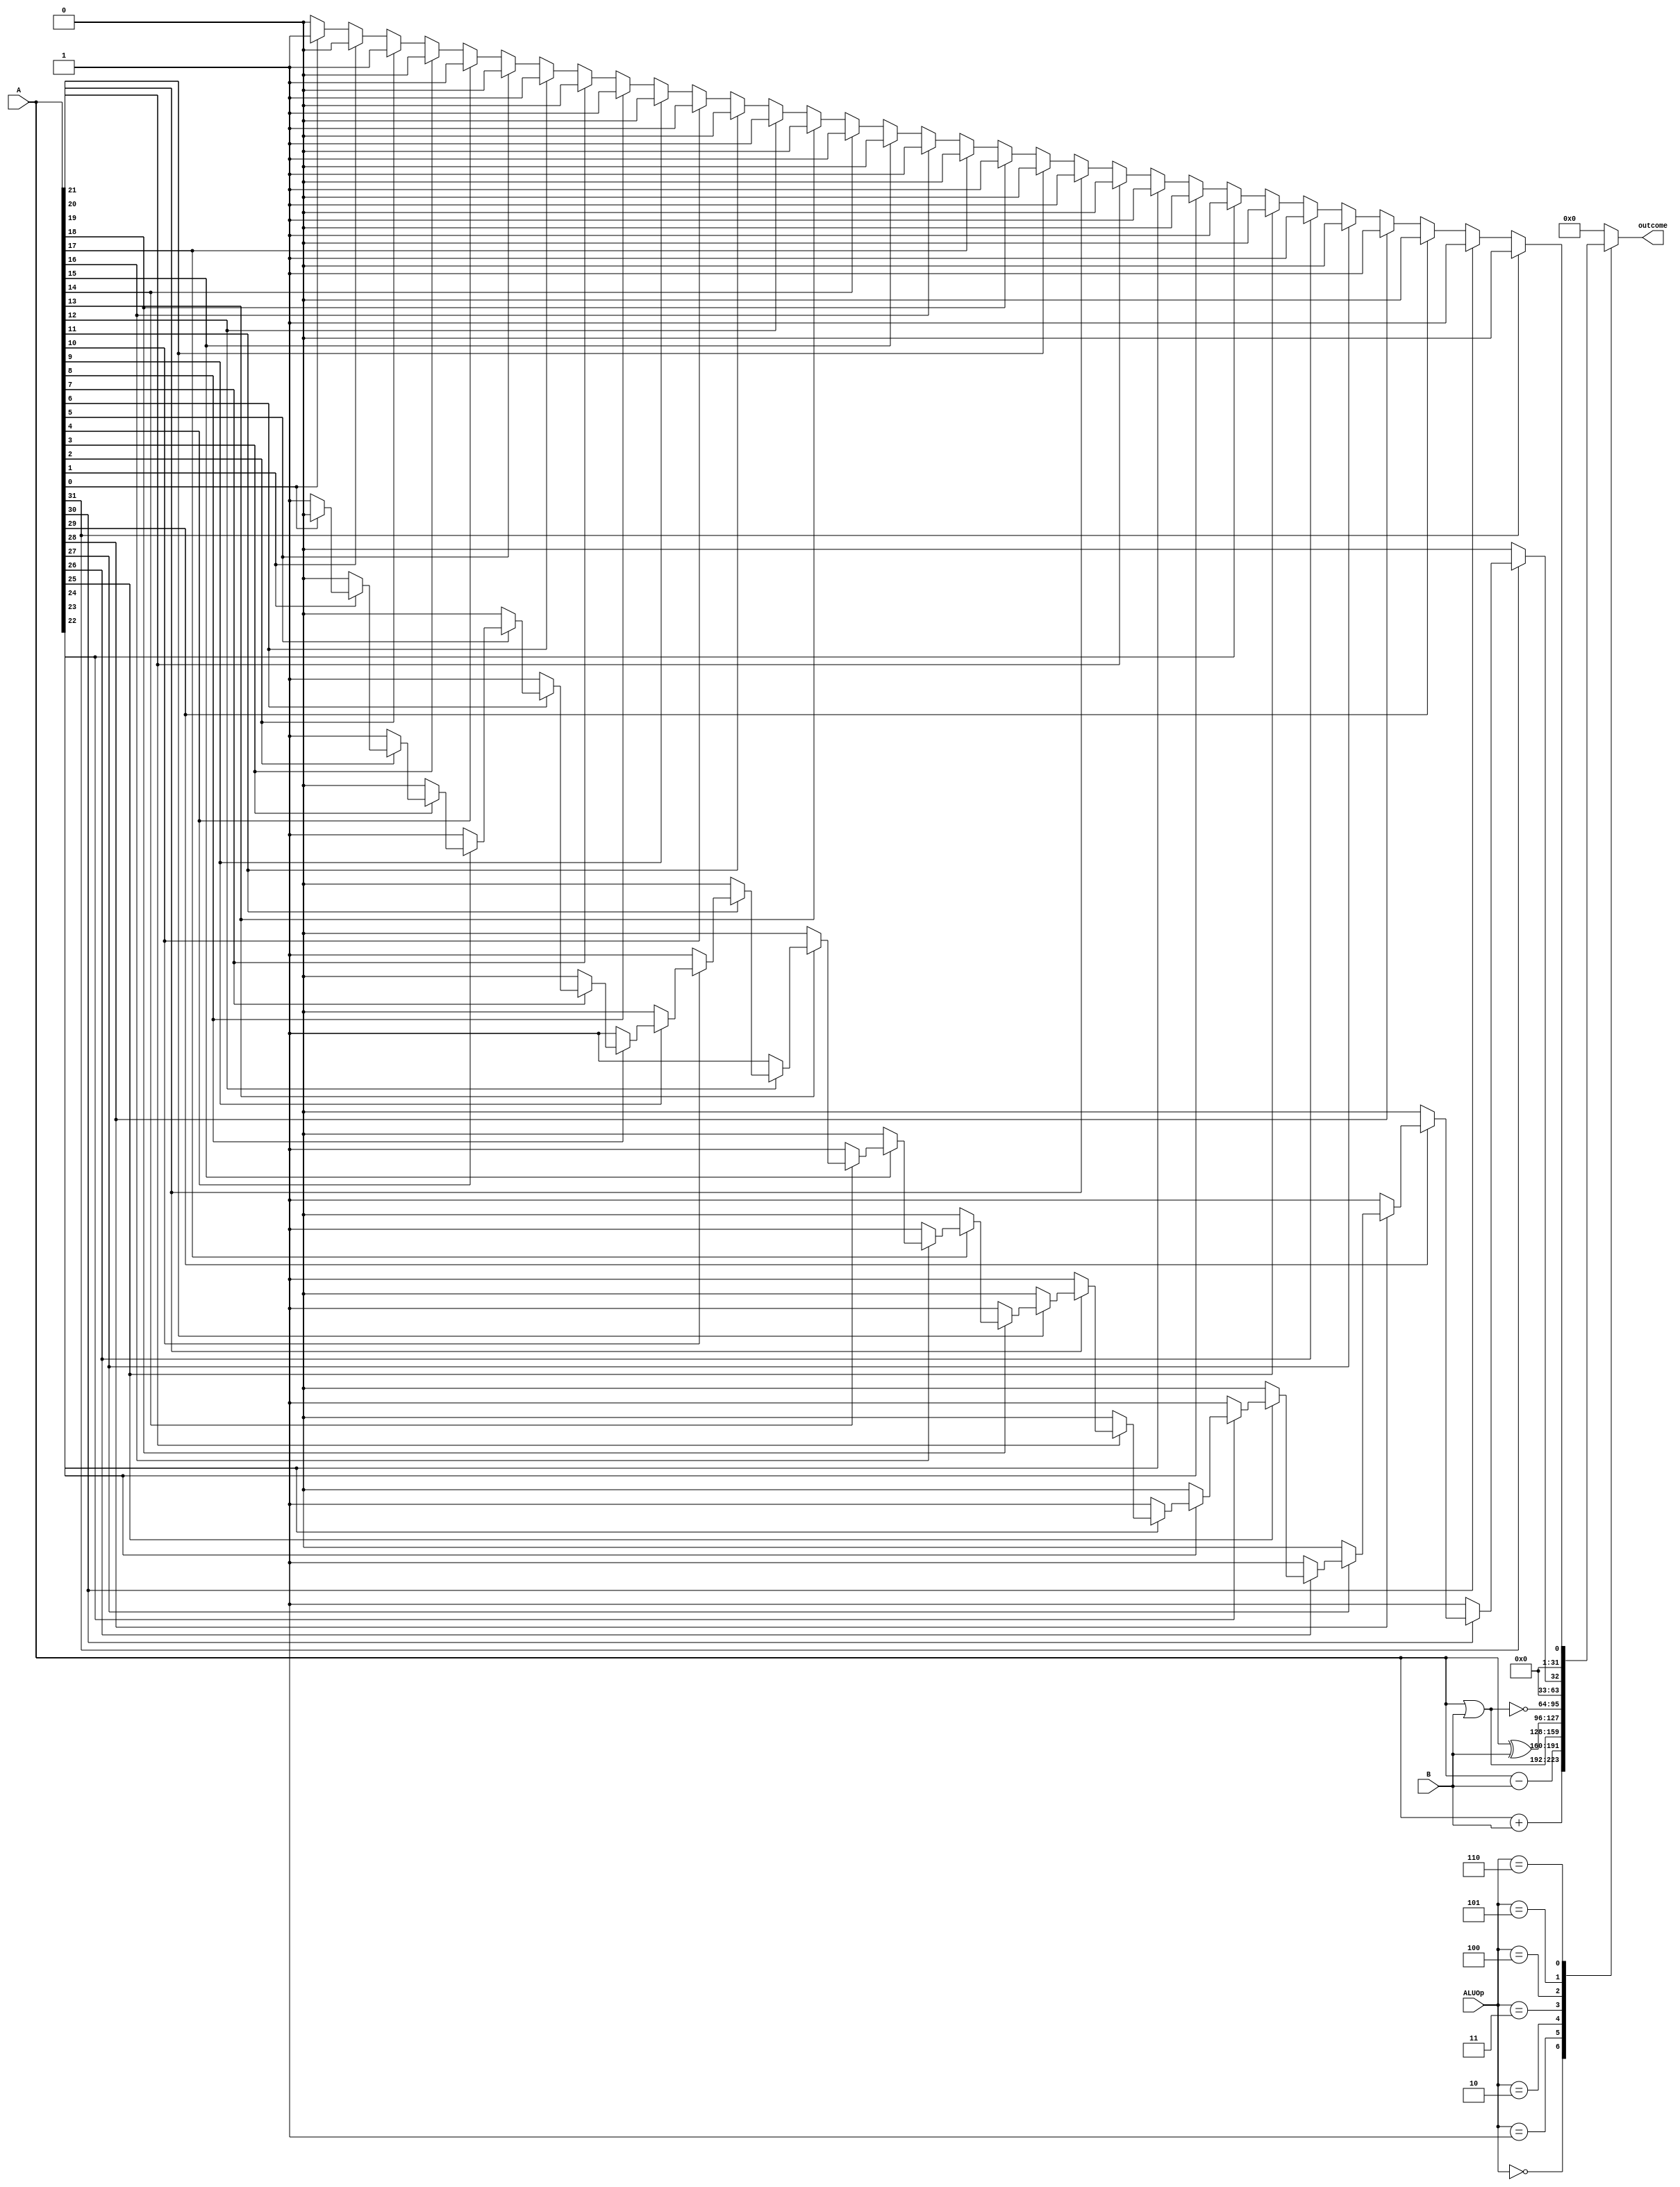
`timescale 1ns / 1ps
`define CL_INIT 32'h20
module alu(
	A,B,ALUOp,outcome
    );
	input [31:0] A;
	input [31:0] B;
	input [2:0] ALUOp;
	output reg [31:0] outcome;

	parameter ADD = 3'b000,SUB = 3'b001,
			OR = 3'b010,XOR = 3'b011,NOR = 3'b100,
			CLO = 3'b101, CLZ =3'b110;

	integer i;
	reg temp;
	initial begin
		temp = `CL_INIT;
	end
	always@(*)begin
		case(ALUOp)
			ADD:outcome <= A+B;
			SUB:outcome <= A-B;
			OR :outcome <= A|B;
			XOR:outcome <= A^B;
			NOR:outcome <= ~(A|B);
			CLO:begin
				temp = `CL_INIT;
				for(i=0;i<32;i=i+1)begin
					if(A[i]==0)
						temp=31-i;
				end
				outcome <= temp;
			end
			CLZ:begin
				temp = `CL_INIT;
				for(i=0;i<32;i=i+1)begin
					if(A[i])
						temp=31-i;
				end
				outcome <= temp;
			end
			default:outcome <= 0;
		endcase
	end

endmodule